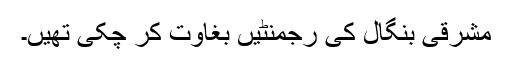
مشرقی بنگال کی رجمنٹیں بغاوت کر چکی تھیں۔